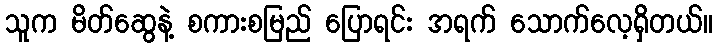
သူက မိတ်ဆွေနဲ့ စကားစမြည် ပြောရင်း အရက် သောက်လေ့ရှိတယ်။